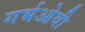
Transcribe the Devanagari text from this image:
गर्भओवी